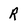
Character: R